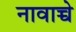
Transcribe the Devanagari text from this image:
नावाच्चे